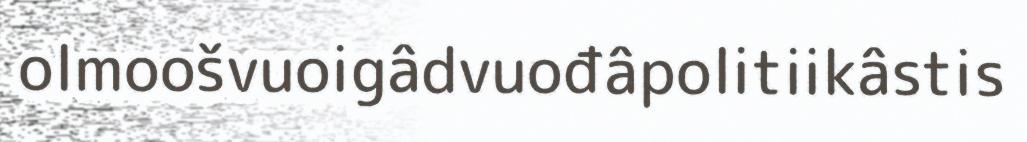
olmoošvuoigâdvuođâpolitiikâstis